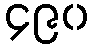
၄၉၀